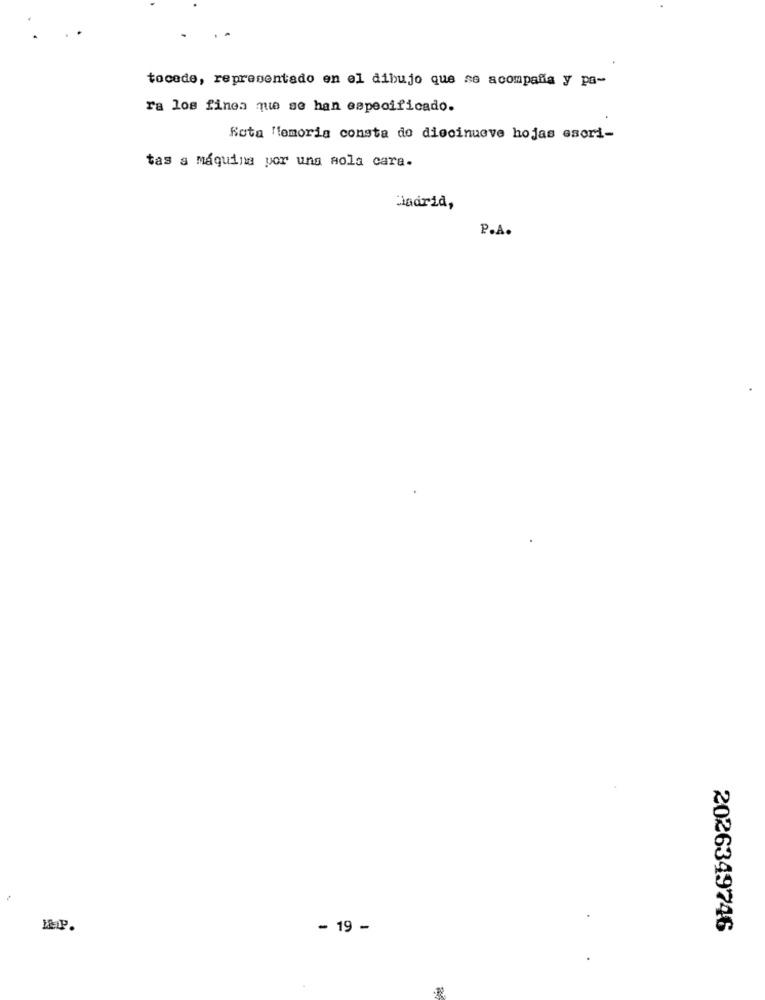
tocede, representado en el dibujo que se acompaña y pa-
ra los fines que se han especificado.
Rota Memoria consta do diecinueve hojas escri-
tas a máquina por una sola cara.
Madrid,
P.A.
- 19 -
2026349746